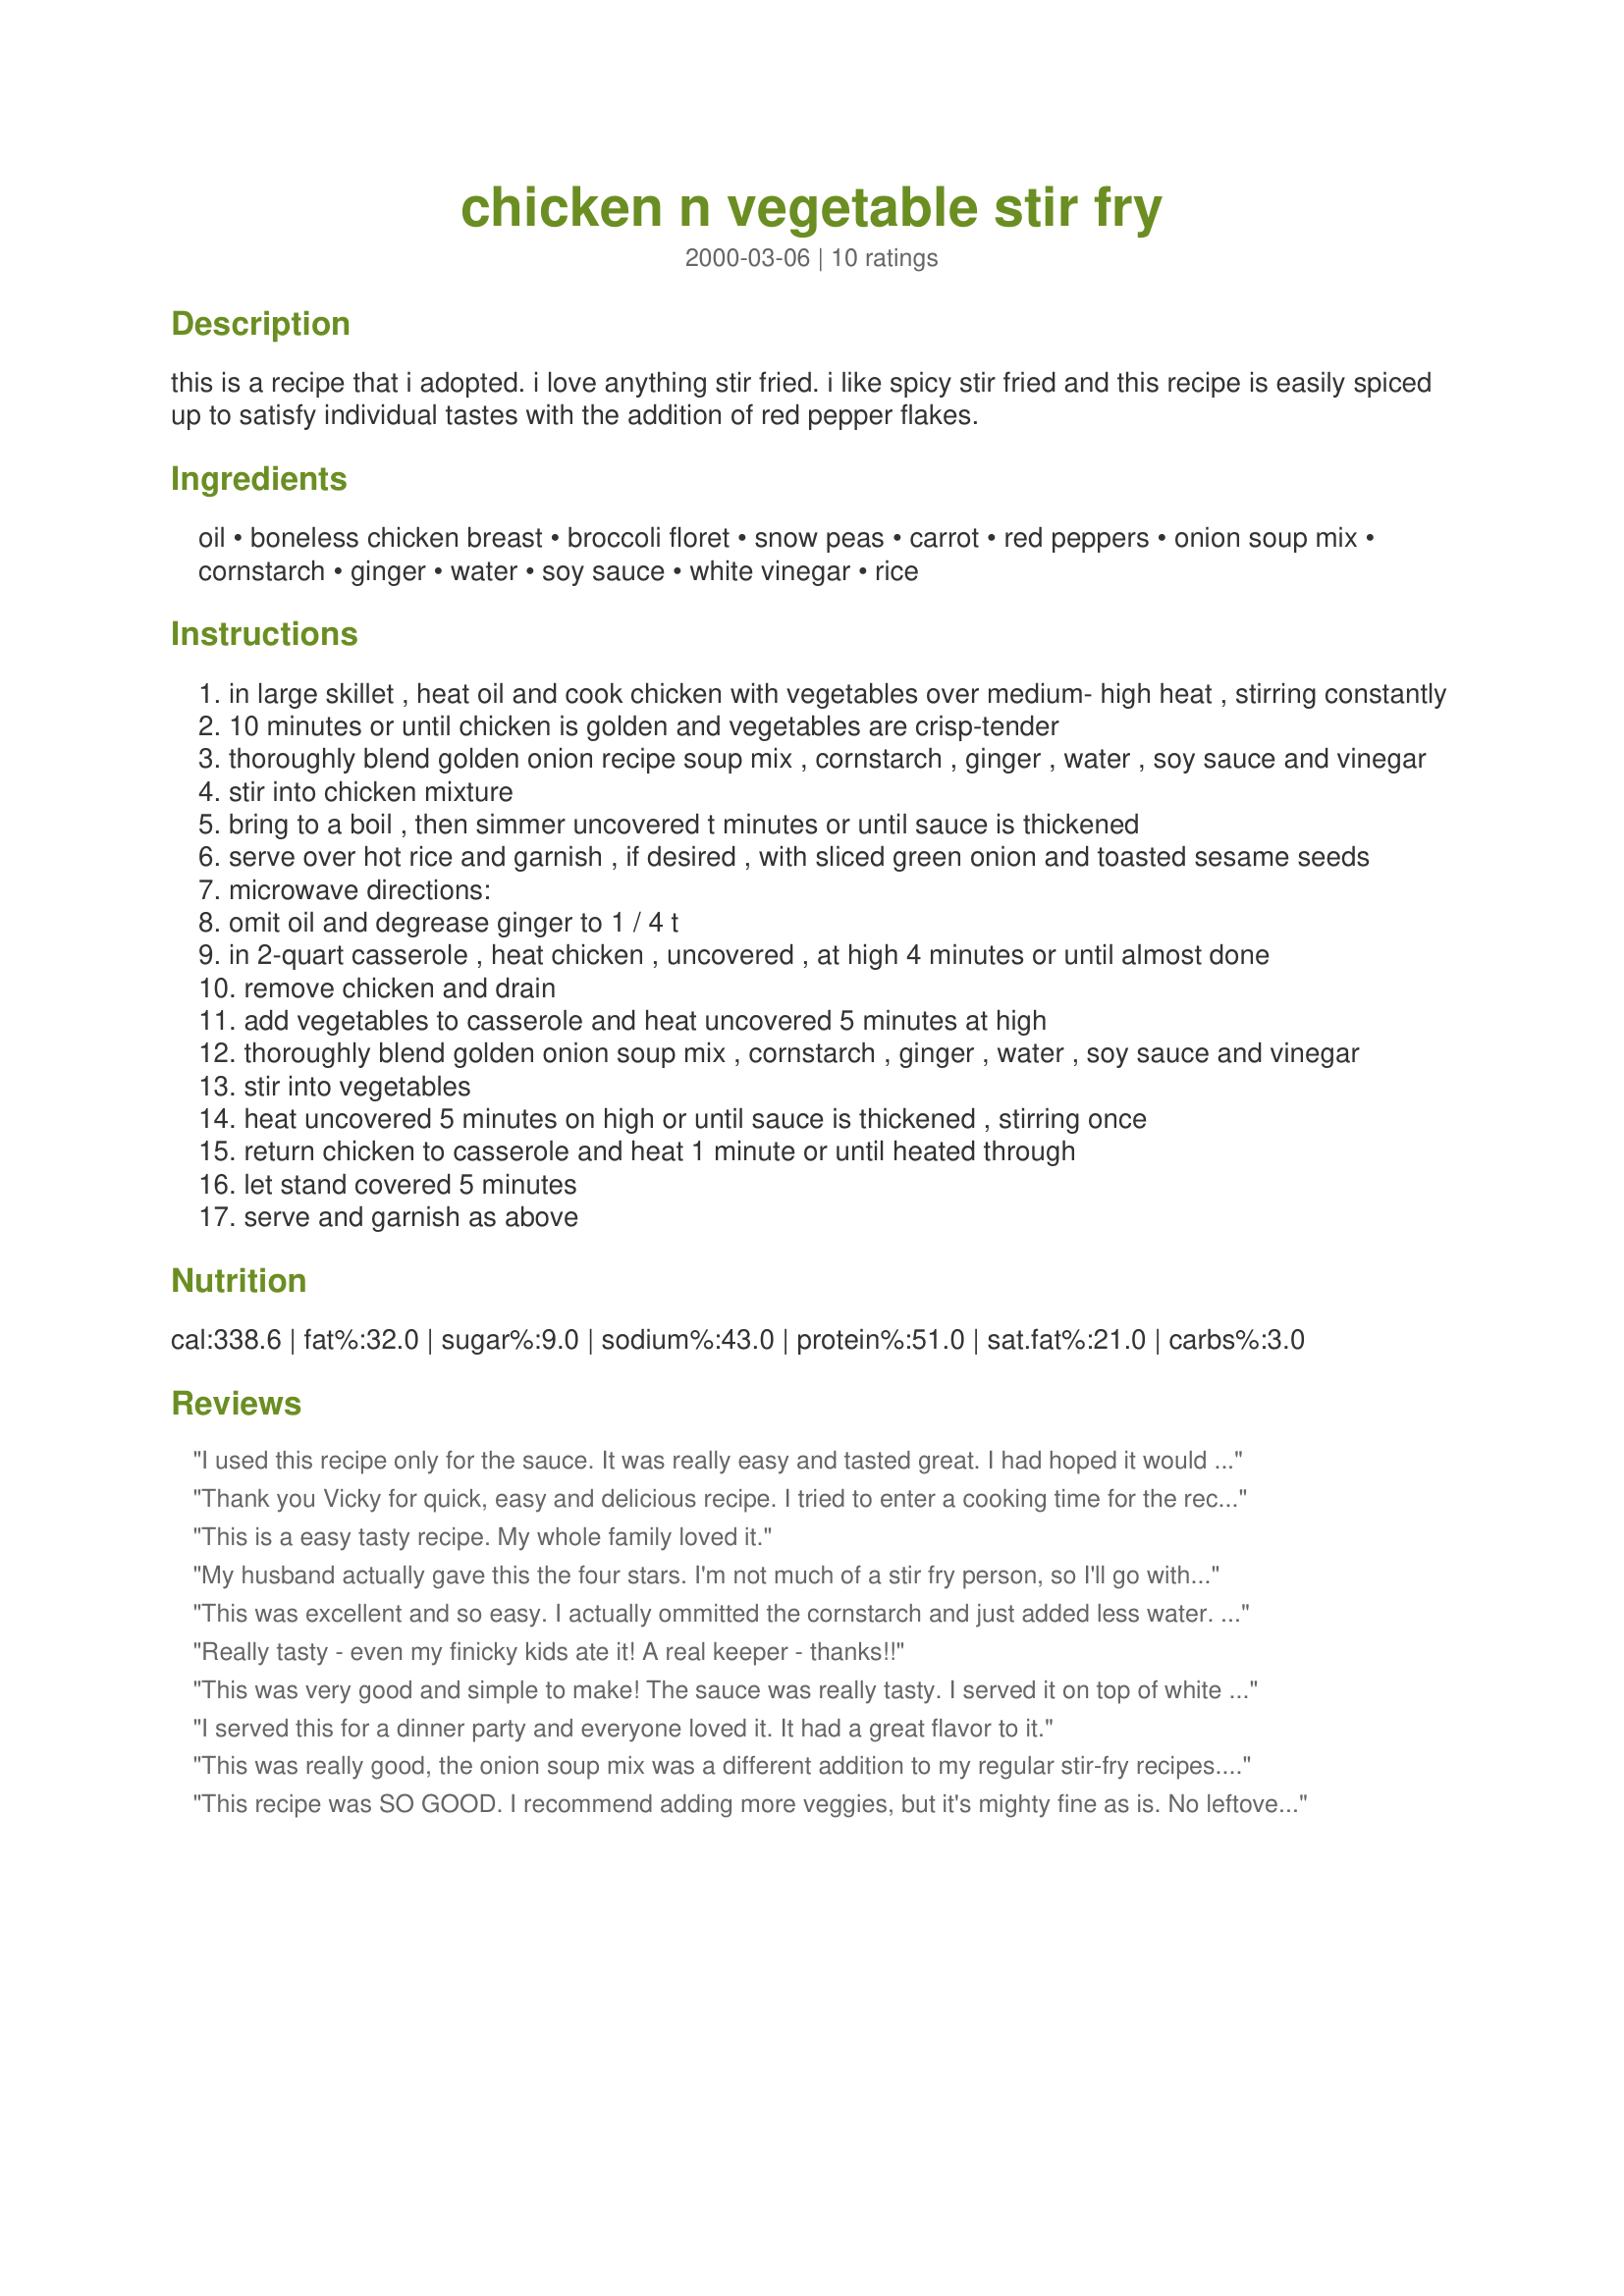
chicken n vegetable stir fry
Preparation time: 0 minutes

this is a recipe that i adopted. i love anything stir fried. i like spicy stir fried and this recipe is easily spiced up to satisfy individual tastes with the addition of red pepper flakes.

Ingredients:
oil, boneless chicken breast, broccoli floret, snow peas, carrot, red peppers, onion soup mix, cornstarch, ginger, water, soy sauce, white vinegar, rice

Steps:
in large skillet , heat oil and cook chicken with vegetables over medium- high heat , stirring constantly
10 minutes or until chicken is golden and vegetables are crisp-tender
thoroughly blend golden onion recipe soup mix , cornstarch , ginger , water , soy sauce and vinegar
stir into chicken mixture
bring to a boil , then simmer uncovered t minutes or until sauce is thickened
serve over hot rice and garnish , if desired , with sliced green onion and toasted sesame seeds
microwave directions:
omit oil and degrease ginger to 1 / 4 t
in 2-quart casserole , heat chicken , uncovered , at high 4 minutes or until almost done
remove chicken and drain
add vegetables to casserole and heat uncovered 5 minutes at high
thoroughly blend golden onion soup mix , cornstarch , ginger , water , soy sauce and vinegar
stir into vegetables
heat uncovered 5 minutes on high or until sauce is thickened , stirring once
return chicken to casserole and heat 1 minute or until heated through
let stand covered 5 minutes
serve and garnish as above

Reviews:
I used this recipe only for the sauce. It was really easy and tasted great. I had hoped it would have a little stronger flavor, but all in all it was so simple and my family really liked it. THanks for an easy stir fry!
Thank you Vicky for quick, easy and delicious recipe. I tried to enter a cooking time for the recipe but ran into a road block. I found that along with the 20 minutes actual cooking time I required little more than 10 minutes prep time. Wayne
This is a easy tasty recipe. My whole family loved it.
My husband actually gave this the four stars. I'm not much of a stir fry person, so I'll go with his rating. I thought this was good...not great...but good. Served over jasmine rice. I used sesame oil and olive oil and browned the chicken but it came out tough and overcooked (probably my fault). I also added some crushed red pepper to the sauce to give it a little more flavor. For veggies, I used celery, green and yellow peppers, red onion, green onions, bok choy, and asparagus. I also added salt and pepper. Stir fried (separately) some shrimp and added them in at the last few minutes.
This was excellent and so easy. I actually ommitted the cornstarch and just added less water. 
I served it over brown rice! 
I will definitely be making this again!
Really tasty - even my finicky kids ate it! A real keeper - thanks!!
This was very good and simple to make! The sauce was really tasty. I served it on top of white rice, and it was a really satisfying meal. Thank you for a great Saturday night dinner! :)
I served this for a dinner party and everyone loved it. It had a great flavor to it.
This was really good, the onion soup mix was a different addition to my regular stir-fry recipes. I used snow peas, yellow bell pepper, and mushrooms.
This recipe was SO GOOD. I recommend adding more veggies, but it's mighty fine as is. No leftovers here!
